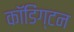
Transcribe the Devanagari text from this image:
कॉडिंग्टन